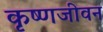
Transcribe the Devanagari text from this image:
कृष्णजीवन